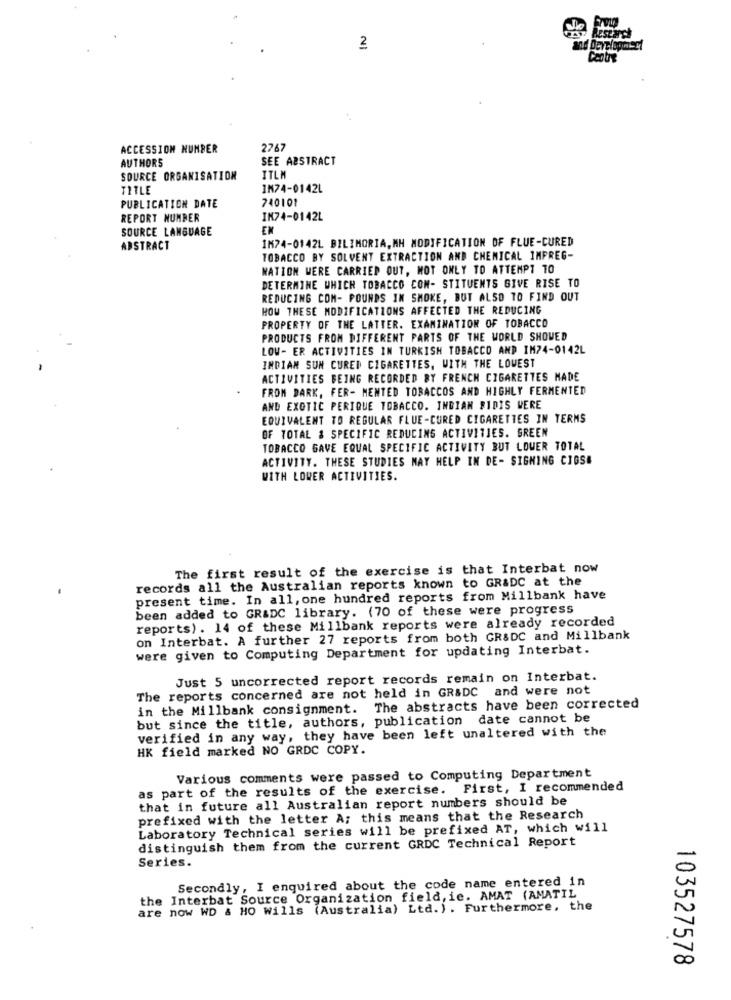
2
Contre
ACCESSION NUMBER
2767
AUTHORS
SEE ABSTRACT
SOURCE ORGANISATION
ITLM
TITLE
IN74-0142L
740101
PUBLICATION DATE
REPORT NUMBER
IN74-0142L
SOURCE LANGUAGE
EN
1874-0142L BILIMORIA, MH MODIFICATION OF FLUE-CURED
ABSTRACT
TOBACCO BY SOLVENT EXTRACTION AND CHEMICAL IMPREG-
NATION WERE CARRIED OUT, NOT ONLY TO ATTEMPT TO
DETERMINE WHICH TOBACCO CON- STITUENTS GIVE RISE TO
REDUCING COM- POUNDS IN SMOKE, BUT ALSO TO FIND OUT
HOW THESE MODIFICATIONS AFFECTED THE REDUCING
PROPERTY OF THE LATTER. EXAMINATION OF TOBACCO
PRODUCTS FROM DIFFERENT PARTS OF THE WORLD SHOWED
LOW- ER ACTIVITIES IN TURKISH TOBACCO AND IM74-0142L
INDIAN SUN CURED CIGARETTES, WITH THE LOWEST
ACTIVITIES BEING RECORDED BY FRENCH CIGARETTES MADE
FROM DARK, FER- MENTED TOBACCOS AND HIGHLY FERMENTED
AND EXOTIC PERIQUE TOBACCO. INDIAN PIDIS WERE
EQUIVALENT TO REGULAR FLUE-CURED CIGARETTES IN TERMS
OF TOTAL & SPECIFIC REDUCING ACTIVITIES. GREEN
TOBACCO GAVE EQUAL SPECIFIC ACTIVITY BUT LOWER TOTAL
ACTIVITY. THESE STUDIES MAY HELP IN DE- SIGHING CIGSE
WITH LOWER ACTIVITIES.
The first result of the exercise is that Interbat now
records all the Australian reports known to GR&DC at the
present time. In all, one hundred reports from Millbank have
been added to GRADC library. (70 of these were progress
reports) . 14 of these Millbank reports were already recorded
on Interbat. A further 27 reports from both GR&DC and Millbank
were given to Computing Department for updating Interbat.
Just 5 uncorrected report records remain on Interbat.
The reports concerned are not held in GR&DC and were not
in the Millbank consignment. The abstracts have been corrected
but since the title, authors, publication date cannot be
verified in any way, they have been left unaltered with the
HK field marked NO GRDC COPY.
Various comments were passed to Computing Department
as part of the results of the exercise. First, I recommended
that in future all Australian report numbers should be
prefixed with the letter A; this means that the Research
Laboratory Technical series will be prefixed AT, which will
distinguish them from the current GRDC Technical Report
Series.
Secondly, I enquired about the code name entered in
the Interbat Source Organization field, ic. AMAT (AMATIL
are now WD & HO Wills (Australia) Ltd.). Furthermore, the
103527578